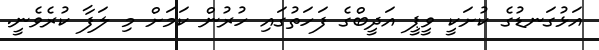
އަޅުގަނޑުގެ ކުށަކީ ވީޕީ އަދީބްގެ ފަހަތުގައި ހުރުން ކަމަށް މި ލަފާ ކުރެވެނީ.